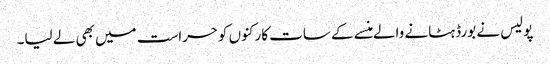
پولیس نے بورڈ ہٹانے والے منسے کے سات کارکنوں کوحراست میں بھی لے لیا۔